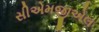
સીએમજીએલ